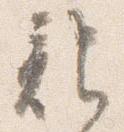
記